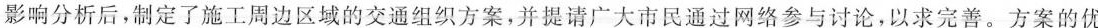
影响分析后，制定了施工周边区域的交通组织方案，并提请广大市民通过网络参与讨论，以求完善。方案的优